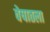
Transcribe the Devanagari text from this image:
वेषातला